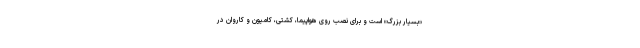
«بسیار بزرگ» است و برای نصب روی هواپیما، کشتی، کامیون و کاروان در